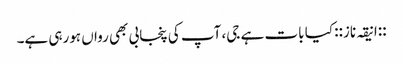
::انیقہ ناز:: کیا بات ہے جی، آپ کی پنجابی بھی رواں ہورہی ہے۔